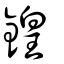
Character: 鍠